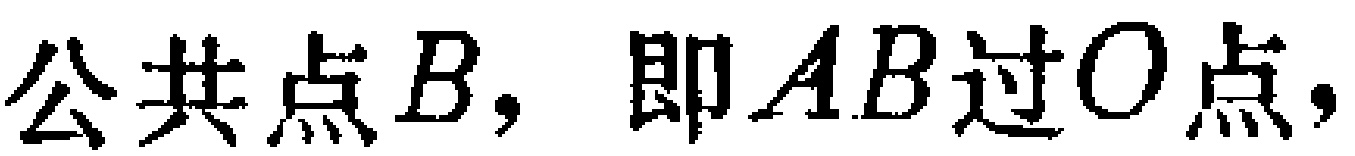
公共点$B$，即$AB$过$O$点，